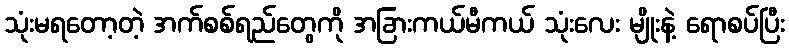
သုံးမရတော့တဲ့ အက်စစ်ရည်တွေကို အခြားကယ်မီကယ် သုံးလေး မျိုးနဲ့ ရောစပ်ပြီး